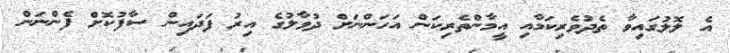
އެ ލޮލުގައިވާ ތެދުވެރިކަމާއި އީމާންތެރިކަން އަހަންނަށް ދުވާލުގެ އިރު ފަދައިން ސާފުކޮށް ފެންނަން